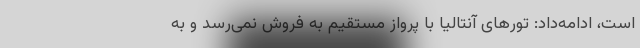
است، ادامه‌داد: تورهای آنتالیا با پرواز مستقیم به فروش نمی‌رسد و به